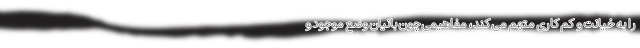
را به خیانت و کم کاری متهم می کند، مفاهیمی چون بانیان وضع موجود و